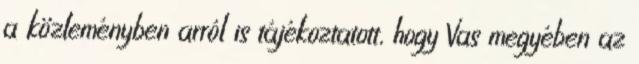
a közleményben arról is tájékoztatott, hogy Vas megyében az